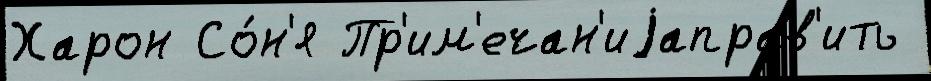
Харон Со́н'я Пр'им'ечан'иjаправ'ить